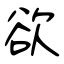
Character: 欲